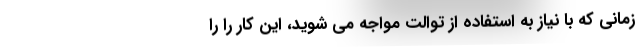
زمانی که با نیاز به استفاده از توالت مواجه می شوید، این کار را را